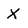
Character: X